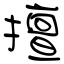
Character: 擅